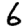
Digit: 6